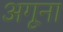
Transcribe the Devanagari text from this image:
अगूना